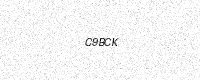
Text: C9BCK